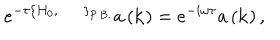
e ^ { - \tau \left\{ H _ { 0 } , \; \; \right\} _ { \mathrm { P . B . } } } a \left( { \bf k } \right) = e ^ { - i \omega \tau } a \left( { \bf k } \right) ,